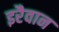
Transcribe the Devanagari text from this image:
इरैवान